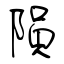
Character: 隕